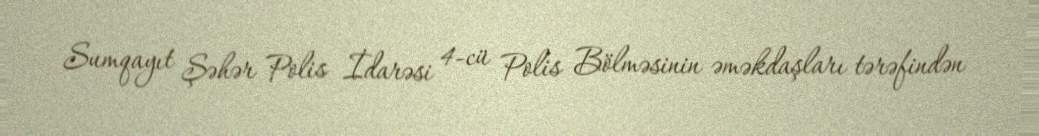
Sumqayıt Şəhər Polis İdarəsi 4-cü Polis Bölməsinin əməkdaşları tərəfindən